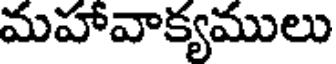
మహావాక్యములు